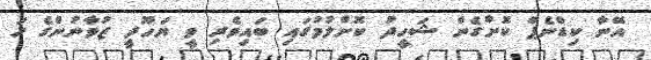
އޭނާ ކިޑްނެޕް ކޮށްގެން ޝަހީދު ކޮށްލުމުގައި ބައިވެރި ވީ ޔަހޫދީ ޒުވާނުންގެ ހަ